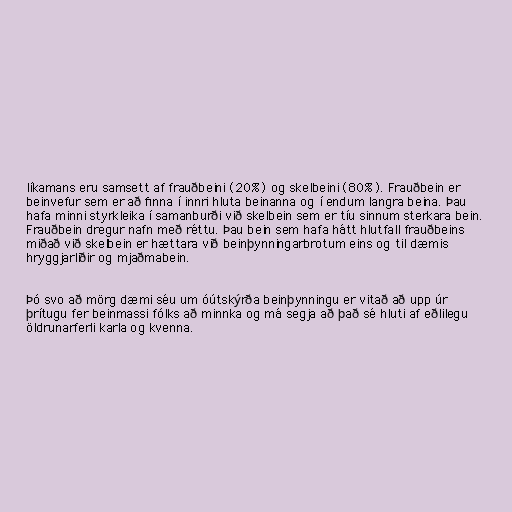
líkamans eru samsett af frauðbeini (20%) og skelbeini (80%). Frauðbein er
beinvefur sem er að finna í innri hluta beinanna og í endum langra beina. Þau
hafa minni styrkleika í samanburði við skelbein sem er tíu sinnum sterkara bein.
Frauðbein dregur nafn með réttu. Þau bein sem hafa hátt hlutfall frauðbeins
miðað við skelbein er hættara við beinþynningarbrotum eins og til dæmis
hryggjarliðir og mjaðmabein.

Þó svo að mörg dæmi séu um óútskýrða beinþynningu er vitað að upp úr
þrítugu fer beinmassi fólks að minnka og má segja að það sé hluti af eðlilegu
öldrunarferli karla og kvenna.